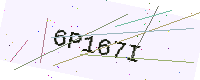
Text: 6P167I